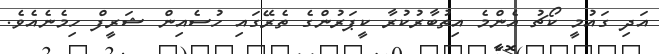
އަދި ގައުމީ ކޯޗު އެންމެ އިތުބާރުކުރާ ކީޕަރުންގެ ތެރޭގައި ހުސެއިން ޝަރީފް ހިމެނެއެވެ.